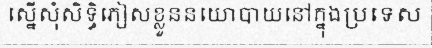
ស្នើសុំសិទ្ធិភៀសខ្លួននយោបាយនៅក្នុងប្រទេស